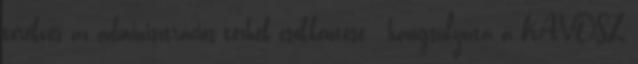
törekvés az adminisztrációs terhek csökkentése - hangsúlyozta a KAVOSZ